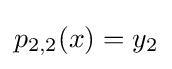
p_{2,2}(x)=y_{2}